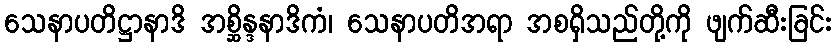
သေနာပတိဋ္ဌာနာဒိ အစ္ဆိန္ဒနာဒိကံ၊ သေနာပတိအရာ အစရှိသည်တို့ကို ဖျက်ဆီးခြင်း